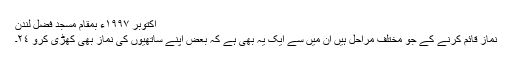
اکتوبر ١٩٩٧ء بمقام مسجد فضل لندن
نماز قائم کرنے کے جو مختلف مراحل ہیں ان میں سے ایک یہ بھی ہے کہ بعض اپنے ساتھیوں کی نماز بھی کھڑی کرو ٢٤۔